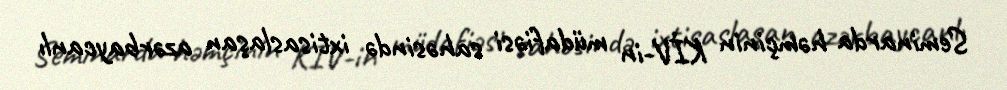
Seminarda həmçinin KİV-in müdafiəsi sahəsində ixtisaslaşan azərbaycanlı